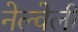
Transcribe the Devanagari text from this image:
नेल्वेली